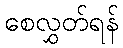
စေလွှတ်ရန်